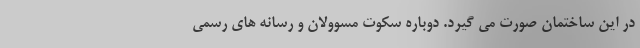
در این ساختمان صورت می گیرد. دوباره سکوت مسوولان و رسانه های رسمی